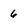
Character: 6